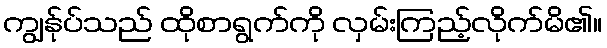
ကျွန်ုပ်သည် ထိုစာရွက်ကို လှမ်းကြည့်လိုက်မိ၏။